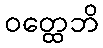
ဝတ္ထေဘိ